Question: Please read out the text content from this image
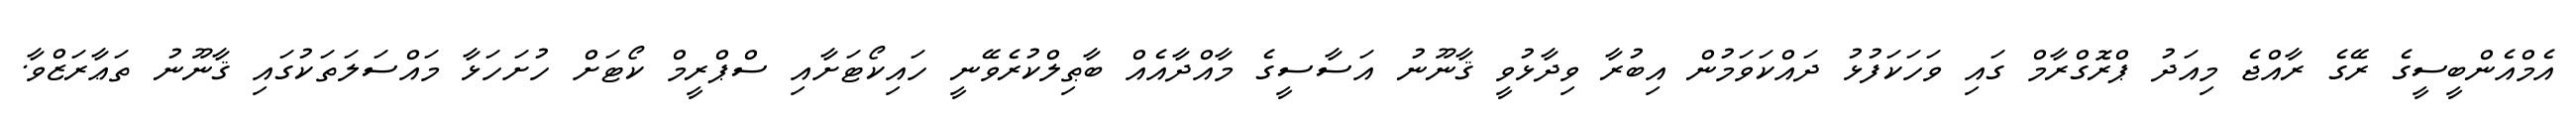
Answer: އެމްއެންބީސީގެ ރޭގެ ރާއްޖެ މިއަދު ޕްރޮގްރާމް ގައި ވަހަކަފުޅު ދައްކަވަމުން އިބުރާ ވިދާޅުވީ ޤާނޫނު އަސާސީގެ މާއްދާއެއް ބާޠިލްކުރެވޭނީ ހައިކޯޓަށާއި ސްޕްރީމް ކޯޓަށް ހުށަހަޅާ މައްސަލަތަކުގައި ޤާނޫނު ތަޢާރަޒްވާ.